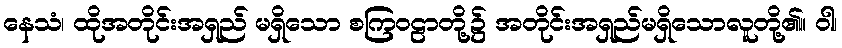
နေသံ၊ ထိုအတိုင်းအရှည် မရှိသော စကြဝဠာတို့၌ အတိုင်းအရှည်မရှိသောလူတို့၏။ ဝါ၊